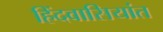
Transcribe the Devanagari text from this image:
हिंदवासियांत